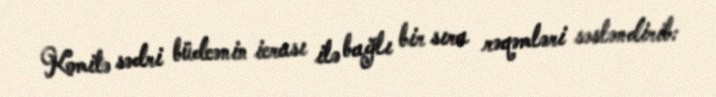
Komitə sədri büdcənin icrası ilə bağlı bir sıra rəqəmləri səsləndirib: